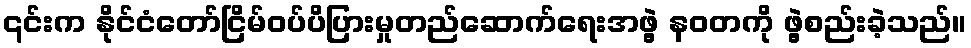
၎င်းက နိုင်ငံတော်ငြိမ်ဝပ်ပိပြားမှုတည်ဆောက်ရေးအဖွဲ့ နဝတကို ဖွဲ့စည်းခဲ့သည်။